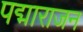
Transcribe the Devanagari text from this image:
पद्माराजन